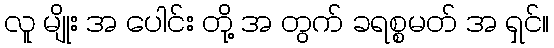
လူ မျိုး အ ပေါင်း တို့ အ တွက် ခရစ္စမတ် အ ရှင်။